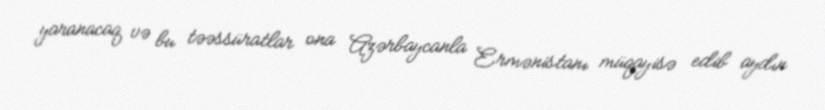
yaranacaq və bu təəssüratlar ona Azərbaycanla Ermənistanı müqayisə edib aydın